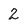
Character: 2